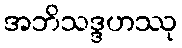
အဘိသဒ္ဒဟဿု